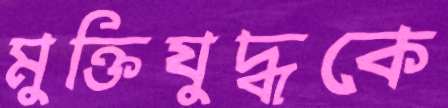
মুক্তিযুদ্ধকে